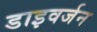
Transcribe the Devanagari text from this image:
डाइवर्जन